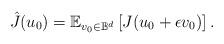
LaTeX: \begin{align*}\hat{J}(u_{0}) = \mathbb{E}_{v_0 \in \mathbb{B}^d}\left[ J(u_{0} + \epsilon v_0) \right]. \end{align*}